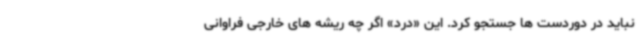
نباید در دوردست ها جستجو کرد. این «درد» اگر چه ریشه های خارجی فراوانی